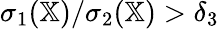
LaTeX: \sigma_{1}(\mathbb{X})/\sigma_{2}(\mathbb{X})>\delta_{3}